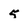
Character: 5